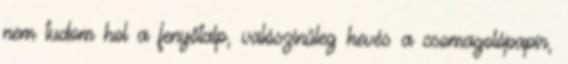
nem tudom hol a fenyőtalp, valószínűleg kevés a csomagolópapír,